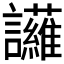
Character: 𮙈